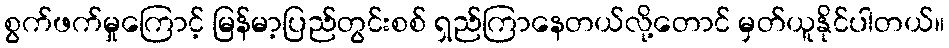
စွက်ဖက်မှုကြောင့် မြန်မာ့ပြည်တွင်းစစ် ရှည်ကြာနေတယ်လို့တောင် မှတ်ယူနိုင်ပါတယ်။